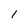
Character: 1